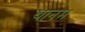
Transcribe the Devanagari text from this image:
थानम